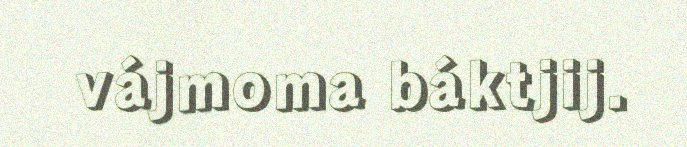
vájmoma báktjij.